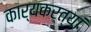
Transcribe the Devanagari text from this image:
कार्यकर्त्यां